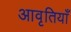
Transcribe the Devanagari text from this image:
आवृतियाँ